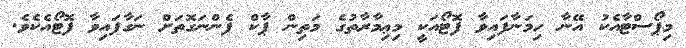
މިޕޯސްޓާއެކު އޭނާ ހިމަނާފައިވާ ފޮޓޯއަކީ މިޢިމާރާތުގެ މަތިން ޕާކް ފެންނަގޮތަށް ނަގާފައިވާ ފޮޓޯއެކެވެ.